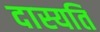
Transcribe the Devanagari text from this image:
दास्यति